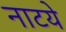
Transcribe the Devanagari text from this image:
नाटये